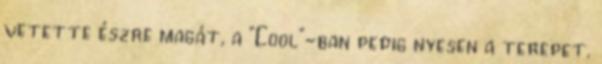
vetette észre magát, a "Cool"-ban pedig nyesen a terepet.